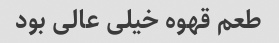
طعم قهوه خیلی عالی بود